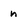
Character: h